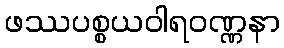
ဖဿပစ္စယဝါရဝဏ္ဏနာ